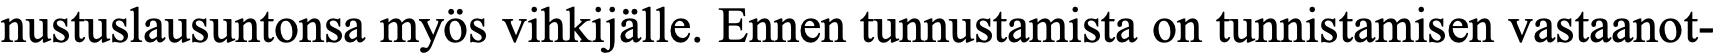
nustuslausuntonsa myös vihkijälle. Ennen tunnustamista on tunnistamisen vastaanot-